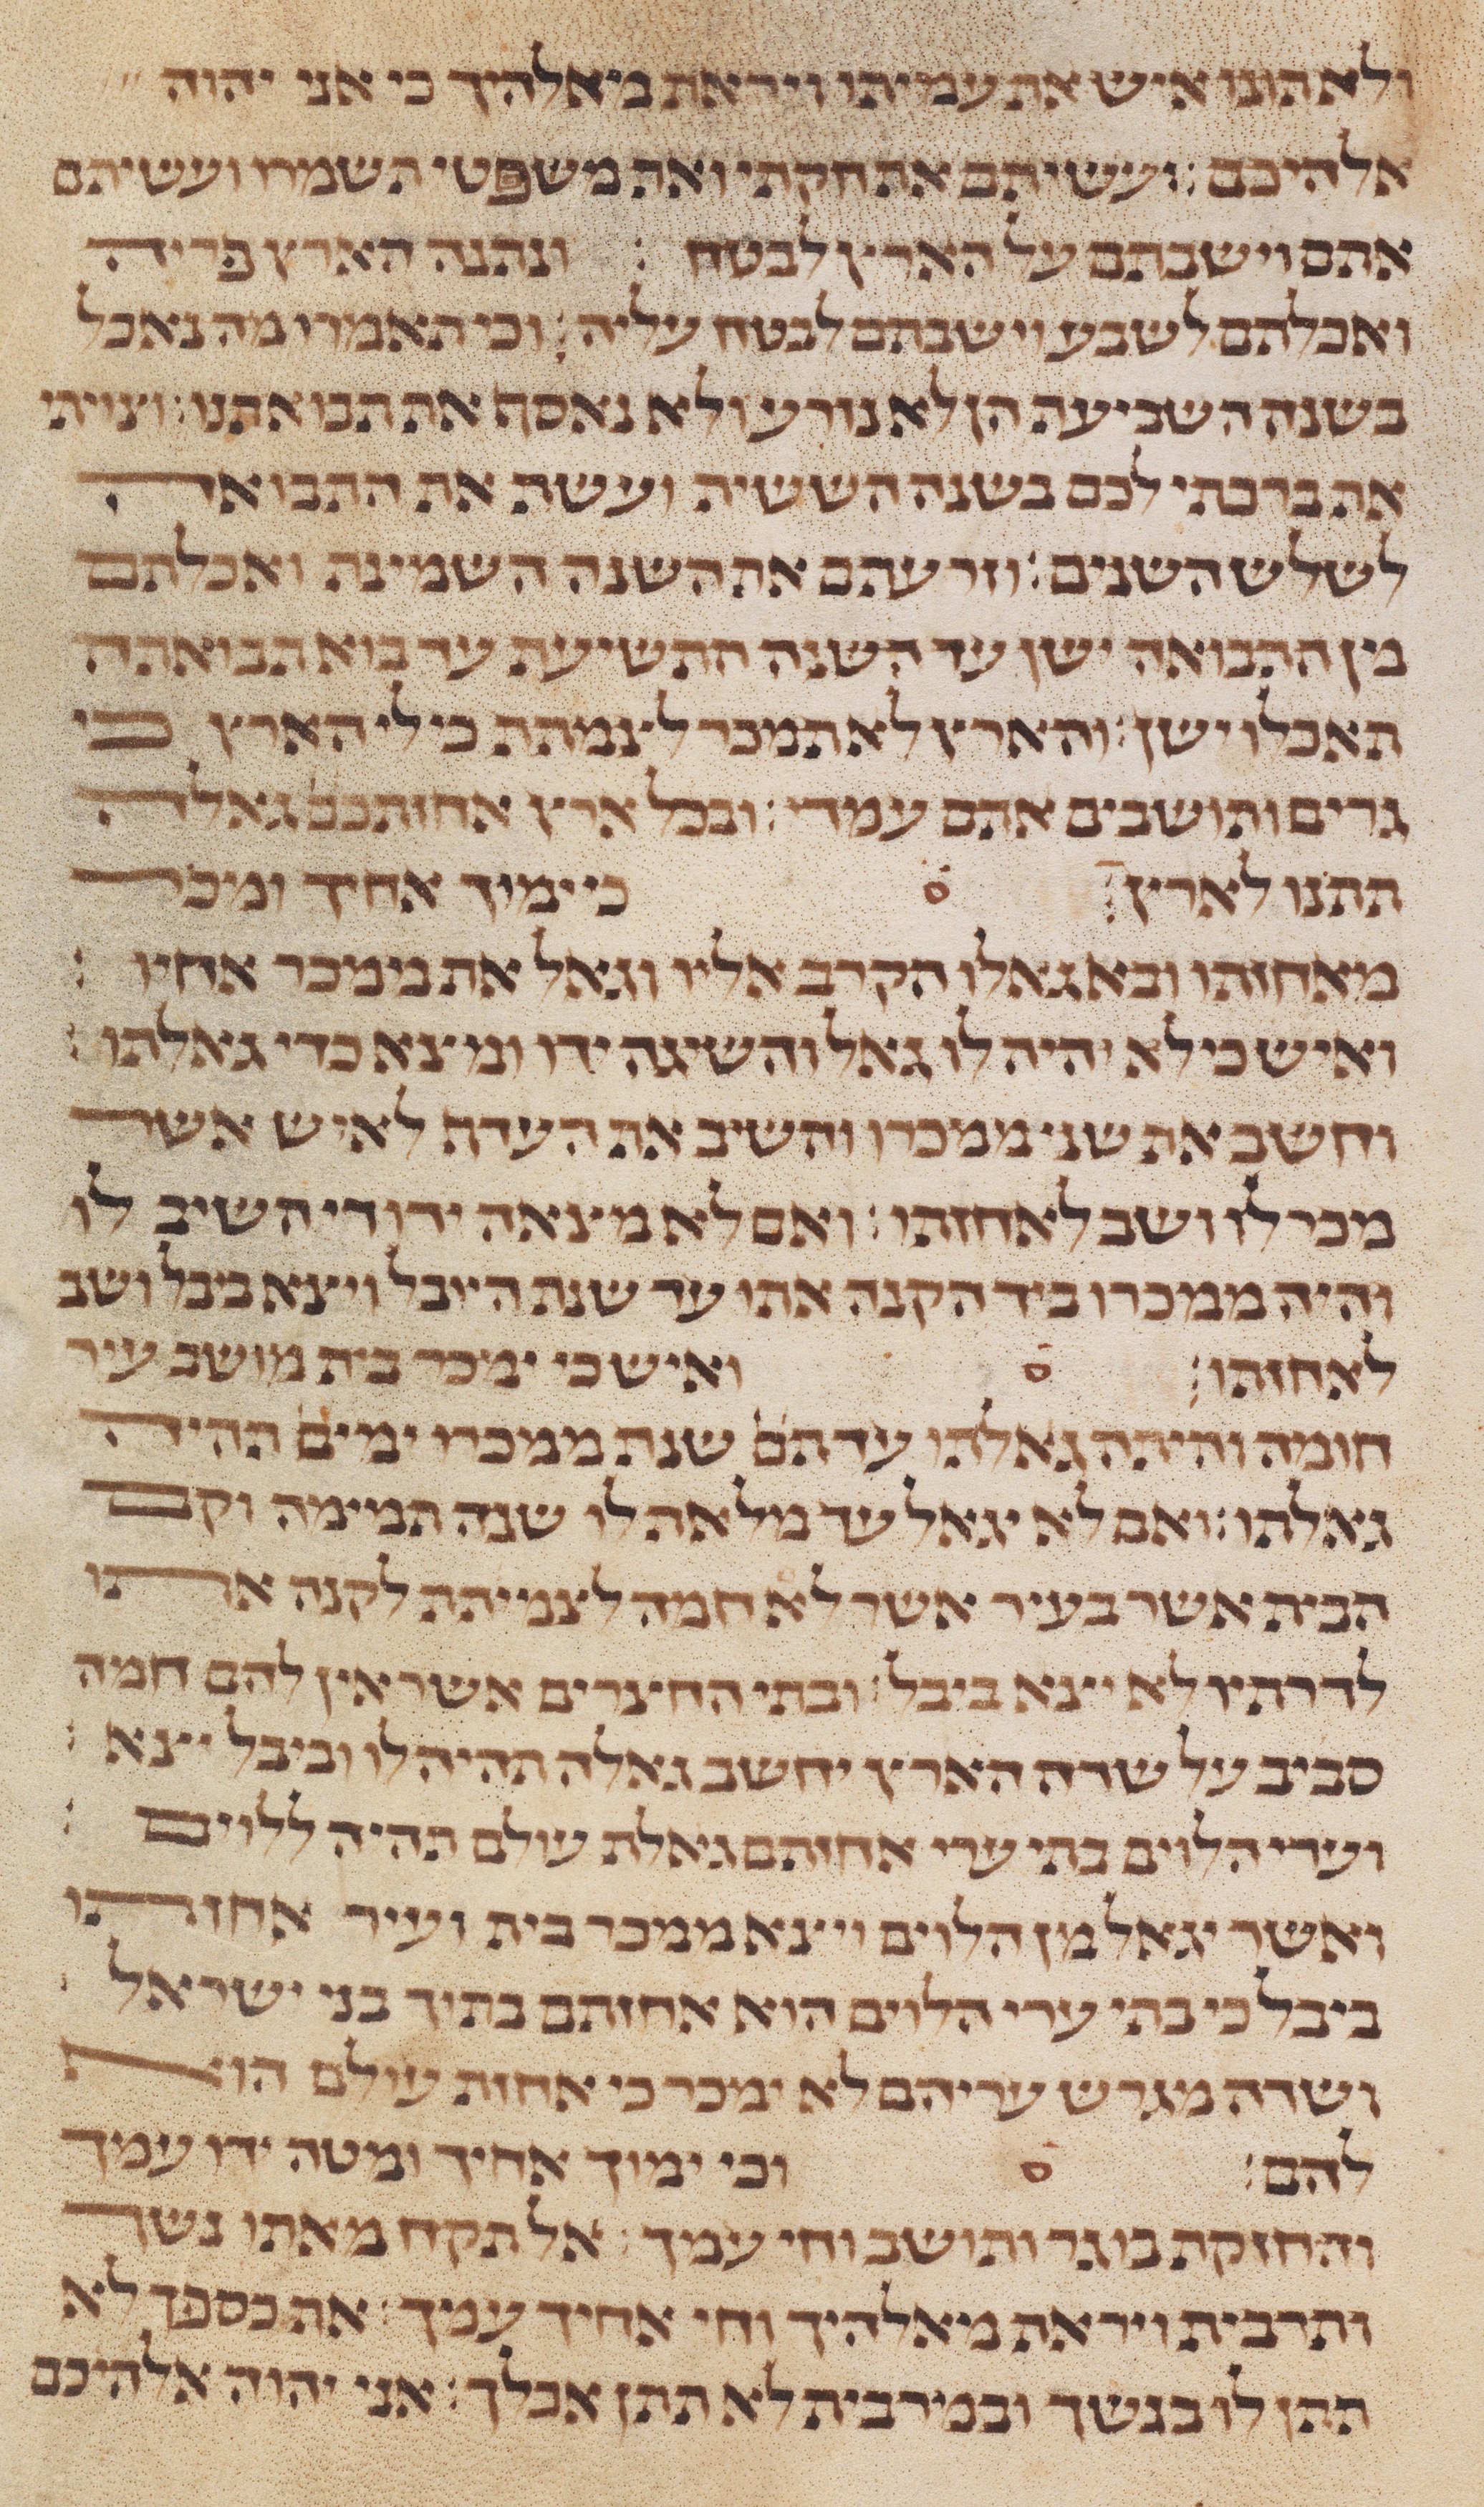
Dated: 1235–1255